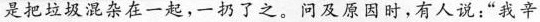
是把垃圾混杂在一起，一扔了之。问及其原因，有人说：“我辛